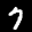
Label: 7